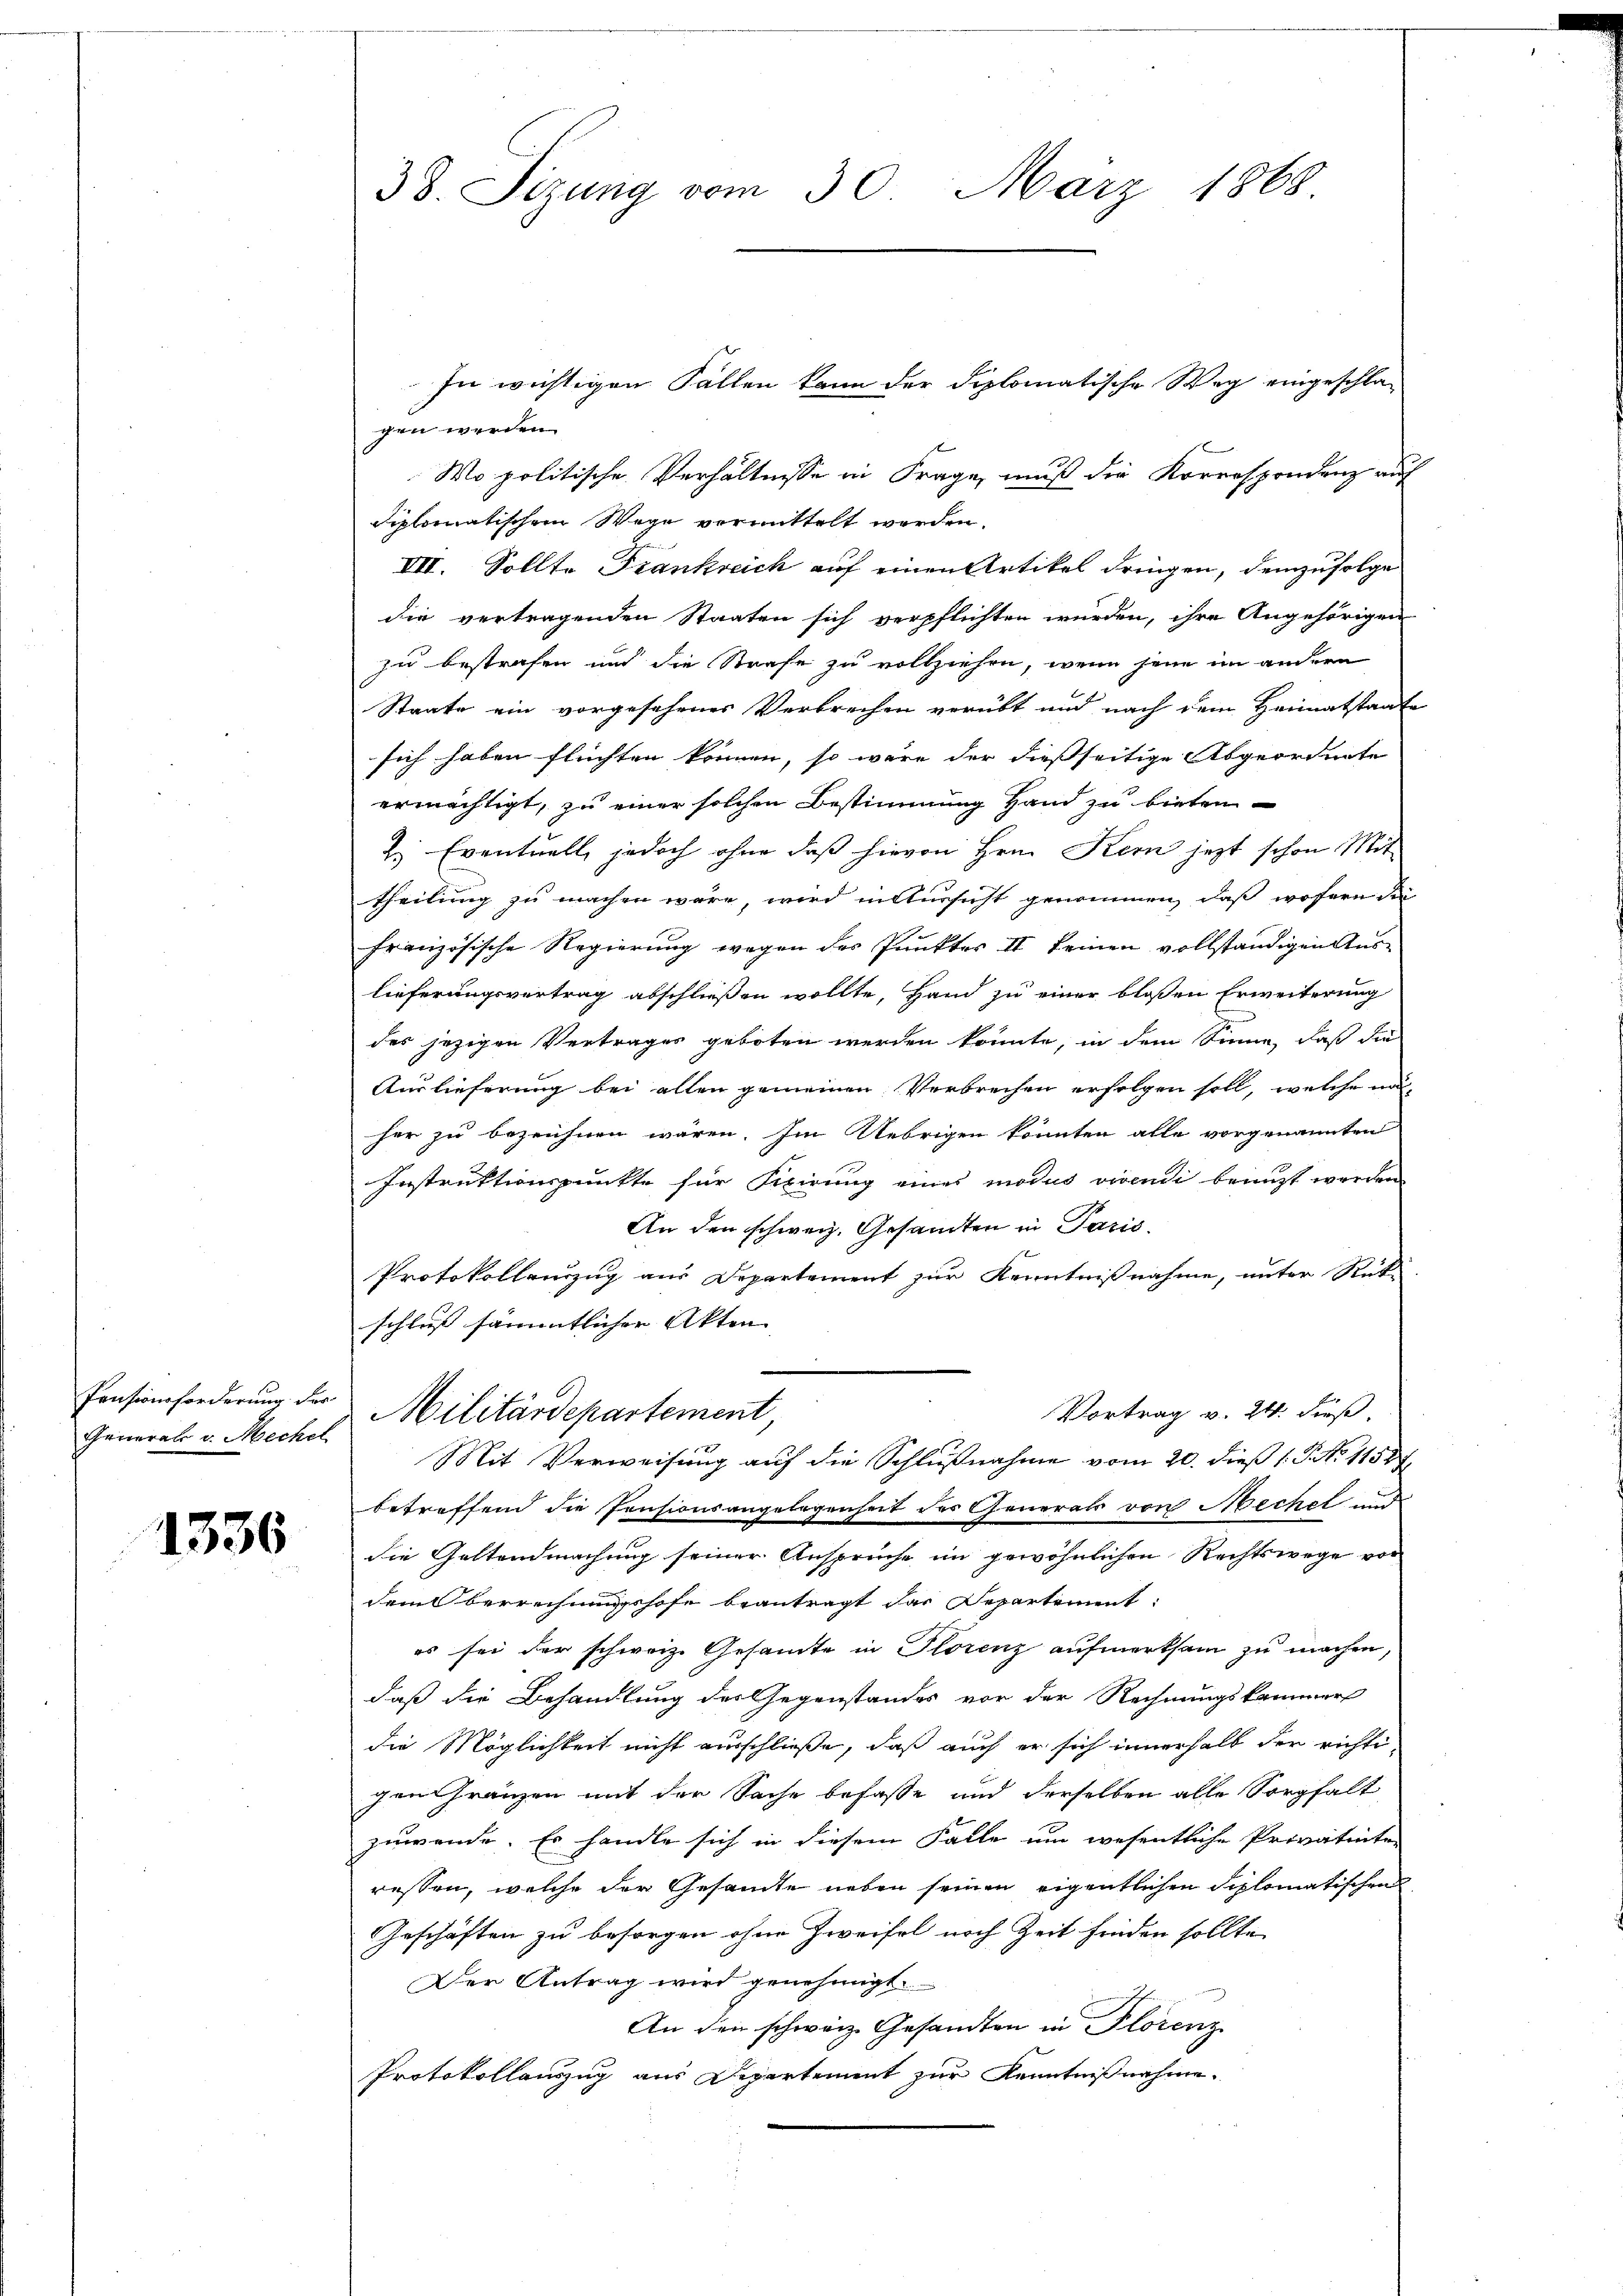
General v. Mechel

1336

38. Sizung vom 30. März 1868.

gen werden.
Wo politische Verhältnisse in Frage, muß die Korrespondenz auf
diplomatischem Wege vermittelt werden.
VII. Sollte Frankreich auf einen Artikel dringen, demzufolge
die vertragenden Staaten sich verpflichten würden, ihre Angehörigen
zu bestrafen und die Strafe zu vollziehen, wenn sein im andern
Staate ein vorgesehenes Verbrechen verübt und nach dem Heimatstaate
sich haben flüchten können, so wäre der dießseitige Abgeordnete
ermächtigt, zu einer solchen Bestimmung Hand zu bieten
H. Eventuell, jedoch ohne daß hievon Hrn. Kern jezt schon Mit
theilung zu machen wäre wird in Aussicht genommen, daß wofern die
französische Regierung wegen des Punktes II keinen vollständigen Aus-
lieferungsvertrag abschließen wollte, Hand zu einer bloßen Erweiterung
des jezigen Vertrages geboten werden könnte, in dem Sinne, daß die
Auslieferung bei allen gemeinen Verbrechen erfolgen soll, welche nu
her zu bezeichnen wären. Im Uebrigen könnten alle vorgenannten
Instruktionspunkte für Fixirung eines modus vivendi benuzt werden
An den schweiz. Gesandten in Paris,
Protokollauszug aus Departement zur Kenntnißnahme, unter Rüti
schluss sämmtlicher Akten |
Pensionsforderung der Militärdepartement
Vortrag v. 24. dieß.
Mit Verweisung auf die Schlußnahme vom 20. dieß (: P. No 11589.
betreffend die Pensionsangelegenheit der Generals von Mechel und
die Geltendmachung seiner Ansprüche im gewöhnlichen Rechtswege vor
dem Oberrechnungshofe beantragt das Departement:
es sei der schweiz. Gesamte in Florenz aufmerksam zu machen,
daß die Behandlung des Gegenstandes vor der Rechnungskammer
die Möglichkeit nicht ausschließe, daß auch er sich innerhalb der richti
gen Franzen mit der Sache befasse und derselben alle Sorgfalt
zuwende. Es handle sich in diesem Falle um wesentliche Privatenten
ressen, welche der Gesandte neben seinen eigentlichen Siplomatischen
Geschäften zu besorgen ohne Zweifel noch Zeit finden sollte,
Der Antrag wird genehmigt.
An den schweiz. Gesandten in Florenz
Protokollauszug aus Departement zur Kenntnißnahme

In wichtigen Fallen kann der Diplomatische Weg eingeschla¬